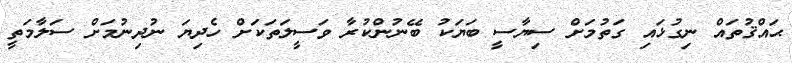
ޙައްޤުތައް ނިގުޅައި ގަތުމަށް ސިޔާސީ ބަޔަކު ބޭނުންކުރާ ވަސީލަތަކަށް ހެދިޔަ ނުދިނުމަށް ސަލާމަތީ